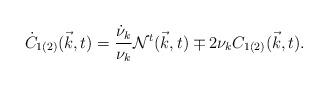
LaTeX: \begin{align*}\dot{C}_{1(2)}({\vec k},t) = \frac{\dot{\nu}_k}{{\nu}_k}{\cal N}^t({\vec k},t) \mp 2{\nu}_k C_{1(2)}({\vec k},t) .\end{align*}